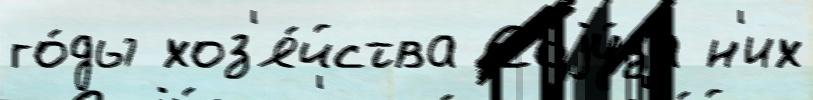
го́ды хоз'я́йства Соjу́за н'их